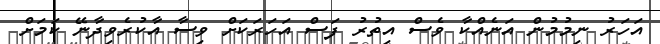
އަހަރު ނިމުމުން އަނެއްކާ ވެސް އިތުރު ފަސް އަހަރަކަށް ވިސާ އާކުރެވިދާނޭ ކަމަށް